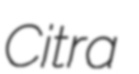
Citra